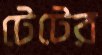
টেটের